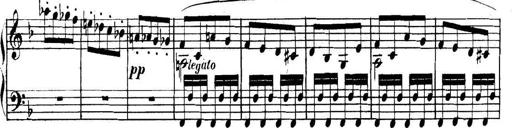
Title: Collected Piano Sonatas
Composer: Muzio Clementi